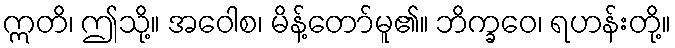
ဣတိ၊ ဤသို့။ အဝေါစ၊ မိန့်တော်မူ၏။ ဘိက္ခဝေ၊ ရဟန်းတို့။